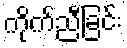
ကိုက်ညီခြင်း